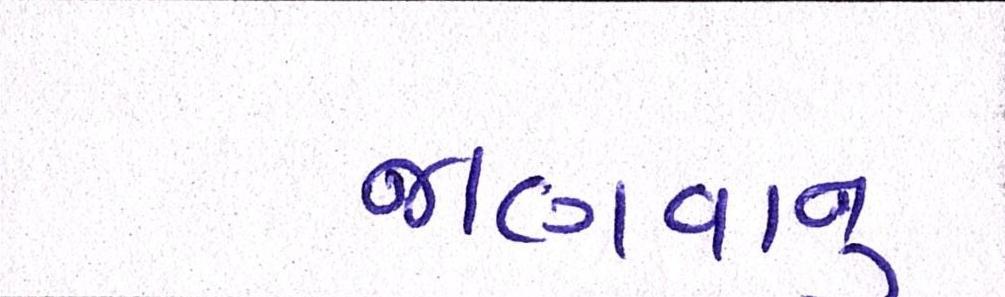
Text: જાણવાનું